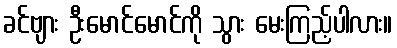
ခင်ဗျား ဦးမောင်မောင်ကို သွား မေးကြည့်ပါလား။